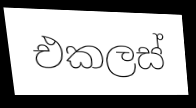
එකලස්